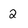
Character: 2